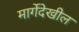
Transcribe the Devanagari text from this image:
मार्गेदेखील